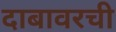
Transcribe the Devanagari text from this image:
दाबावरची